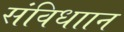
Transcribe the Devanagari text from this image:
संविधाान